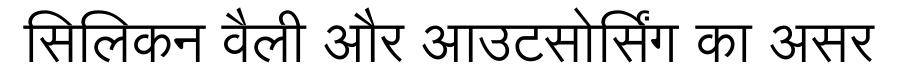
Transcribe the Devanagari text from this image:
सिलिकन वैली और आउटसोर्सिंग का असर